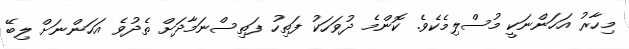
މިހާރު އަހަންނަކީ މުސްލިމެކެވެ. ކޮންމެ ދުވަހަކު ފަތިހު ފަތިސްނަމާދަަށް ތެދުވެ އަހަންނަށް ލިބޭ